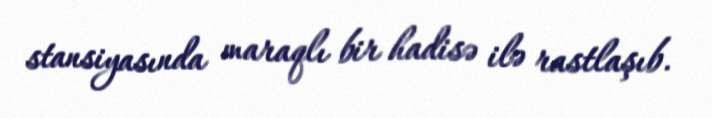
stansiyasında maraqlı bir hadisə ilə rastlaşıb.